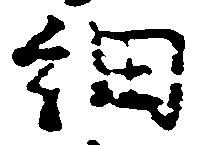
細